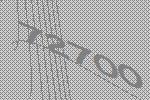
72700